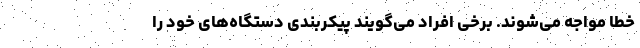
خطا مواجه می‌شوند. برخی افراد می‌گویند پیکربندی دستگاه‌های خود را